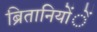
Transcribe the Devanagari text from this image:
ब्रितानियोंें